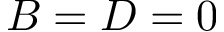
B = D = 0